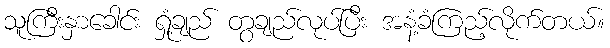
သူကြီးနှာခေါင်း ရှုံ့ချည် တွချည်လုပ်ပြီး အနံ့ခံကြည့်လိုက်တယ်။